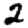
Digit: 2